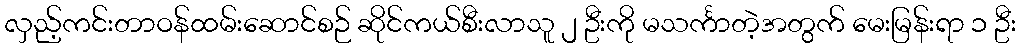
လှည့်ကင်းတာဝန်ထမ်းဆောင်စဉ် ဆိုင်ကယ်စီးလာသူ ၂ ဦးကို မသင်္ကာတဲ့အတွက် မေးမြန်းရာ ၁ ဦး